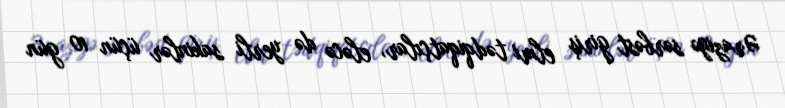
Əraziyə sərbəst giriş elmi tədqiqatçılar, eləcə də yerli sakinlər üçün 10 gün